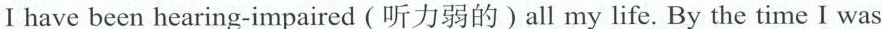
I have becn hearing-impaired (听力弱的〕all my life. By the time I was